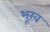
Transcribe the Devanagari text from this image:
भूख़